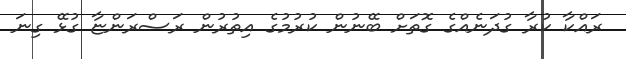
ރައްކާ ކުރާ ގުދަނެއްގެ ގޮތަށް ބޭނުން ކުރުމުގެ އިތުރުން ރަސްރަންޏާ ގުޅޭ ގިނަ